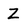
Character: Z